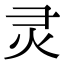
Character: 灵